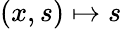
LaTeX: (x,s)\mapsto s